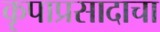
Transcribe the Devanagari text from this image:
कृपाप्रसादाचा